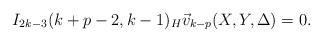
LaTeX: \begin{align*}I_{2k-3}(k+p-2, k-1)_{H} \vec{v}_{k-p}(X,Y,\Delta) = 0.\end{align*}